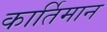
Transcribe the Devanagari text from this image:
कार्तिमान